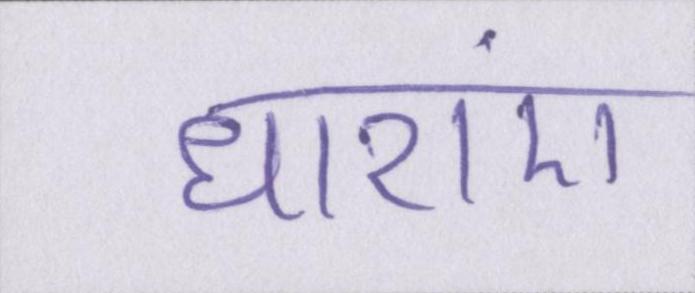
धाराएं